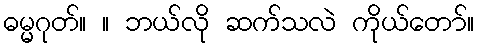
ဓမ္မဂုတ်။ ။ ဘယ်လို ဆက်သလဲ ကိုယ်တော်။